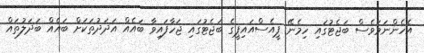
އެހެންނަމަވެސް ބަޖެޓުގައި ހިމެނޭ ޕީއެސްއައިޕީގެ ބަޖެޓުގައި ޖަހާފައިވާ ބައެއް އަދަދުތަކަށް ބައެއް ބަދަލުތައް